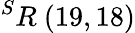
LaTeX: ^{S}R\ (19,18)